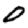
Digit: 0